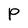
Character: P